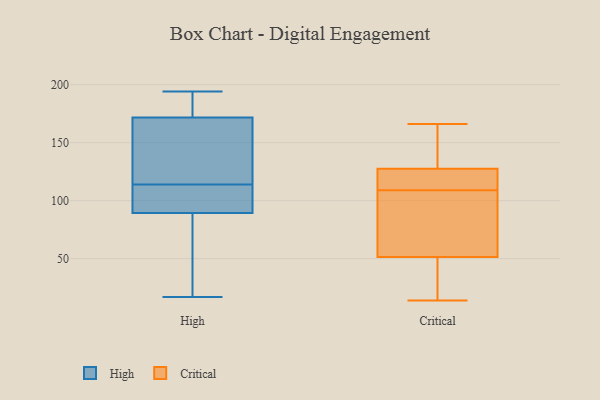
{"axis": {"x": "Inventory Turnover", "y": "Value"}, "legend": ["Critical", "High"], "data": [{"x": "", "y": 178, "type": "High"}, {"x": "", "y": 167, "type": "High"}, {"x": "", "y": 172, "type": "High"}, {"x": "", "y": 171, "type": "High"}, {"x": "", "y": 194, "type": "High"}, {"x": "", "y": 158, "type": "High"}, {"x": "", "y": 62, "type": "High"}, {"x": "", "y": 89, "type": "High"}, {"x": "", "y": 178, "type": "High"}, {"x": "", "y": 140, "type": "High"}, {"x": "", "y": 194, "type": "High"}, {"x": "", "y": 114, "type": "High"}, {"x": "", "y": 91, "type": "High"}, {"x": "", "y": 54, "type": "High"}, {"x": "", "y": 111, "type": "High"}, {"x": "", "y": 85, "type": "High"}, {"x": "", "y": 17, "type": "High"}, {"x": "", "y": 93, "type": "High"}, {"x": "", "y": 90, "type": "High"}, {"x": "", "y": 117, "type": "Critical"}, {"x": "", "y": 166, "type": "Critical"}, {"x": "", "y": 18, "type": "Critical"}, {"x": "", "y": 109, "type": "Critical"}, {"x": "", "y": 110, "type": "Critical"}, {"x": "", "y": 42, "type": "Critical"}, {"x": "", "y": 14, "type": "Critical"}, {"x": "", "y": 80, "type": "Critical"}, {"x": "", "y": 131, "type": "Critical"}, {"x": "", "y": 103, "type": "Critical"}, {"x": "", "y": 158, "type": "Critical"}]}